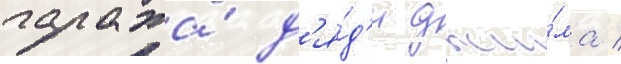
гаража́ д'я́д'и джи́ма /